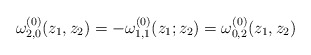
\begin{align*}\omega^{(0)}_{2,0}(z_1,z_2)=-\omega^{(0)}_{1,1}(z_1;z_2)=\omega^{(0)}_{0,2}(z_1,z_2)\end{align*}